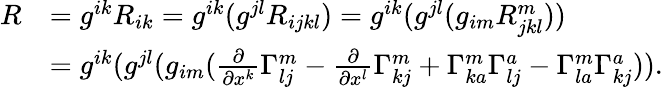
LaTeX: \begin{array}{rl}{R}&{=g^{ik}R_{ik}=g^{ik}(g^{jl}R_{ijkl})=g^{ik}(g^{jl}(g_{im}R_{jkl}^{m}))}\\ &{=g^{ik}(g^{jl}(g_{im}(\frac{\partial}{\partial{x^{k}}}\Gamma_{lj}^{m}-\frac{\partial}{\partial{x^{l}}}\Gamma_{kj}^{m}+\Gamma_{ka}^{m}\Gamma_{lj}^{a}-\Gamma_{la}^{m}\Gamma_{kj}^{a})).}\end{array}